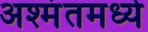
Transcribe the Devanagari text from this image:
अश्मंतमध्ये